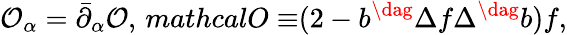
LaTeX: \mathcal{O}_{\alpha}=\bar{\partial}_{\alpha}\mathcal{O},\, mathcal{O\equiv}(2-b^{\dag}\Delta f\Delta^{\dag}b)f,